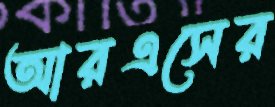
আরএসের